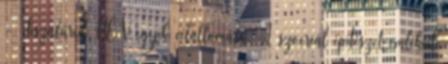
- Tiszafüred HÉV egyik célállomása. A szocreál építészet emlékeit